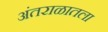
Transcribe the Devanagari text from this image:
अंतराळातला